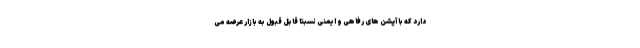
دارد که با آپشن های رفاهی و ایمنی نسبتا قابل قبول به بازار عرضه می